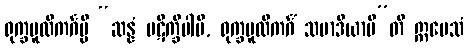
ရုက္ခမူလိကင်္ဂမ္ပိ “ဆန္နံ ပဋိက္ခိပါမိ, ရုက္ခမူလိကင်္ဂံ သမာဒိယာမီ”တိ ဣမေသံ